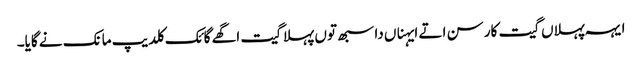
ایہہ پہلاں گیت کار سن اتے ایہناں دا سبھ توں پہلا گیت اگھے گائک کلدیپ مانک نے گایا۔